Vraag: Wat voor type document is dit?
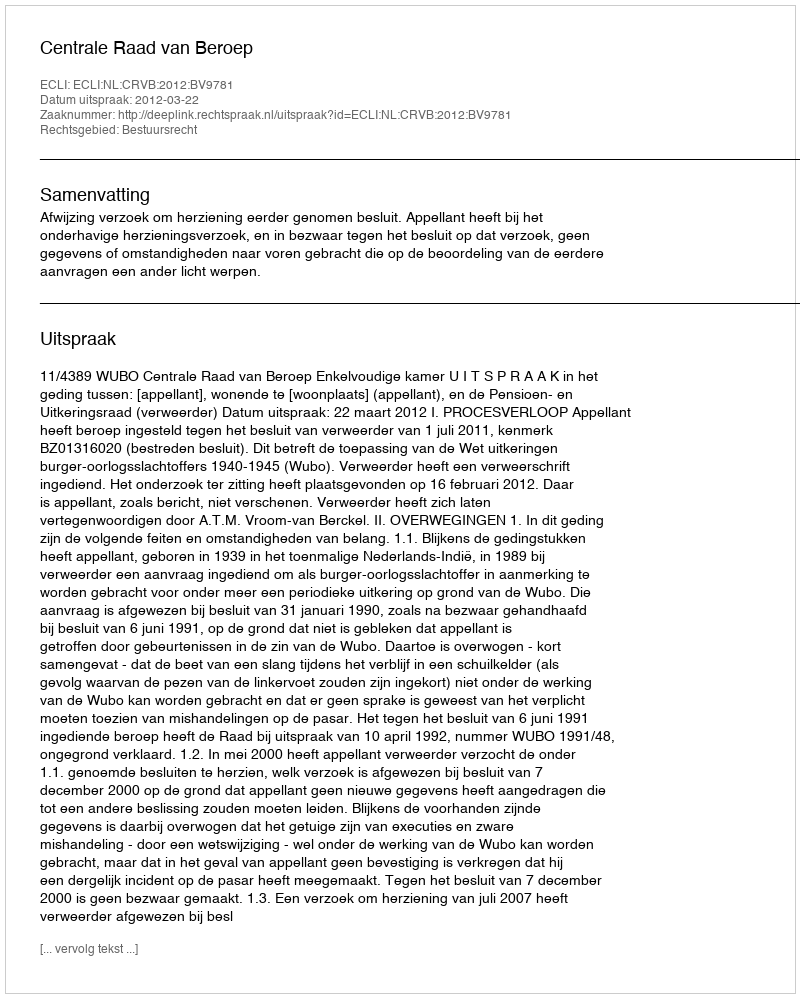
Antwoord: Uitspraak